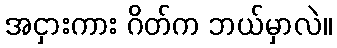
အငှားကား ဂိတ်က ဘယ်မှာလဲ။